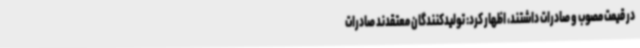
در قیمت مصوب و صادرات داشتند، اظهار کرد: تولیدکنندگان معتقدند صادرات